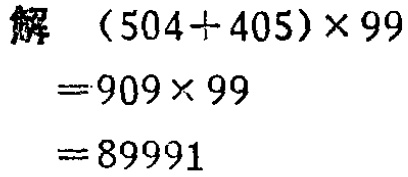
解

\begin{align*}

(504 + 405)\times99&= 909\times99\\

&= 89991

\end{align*}